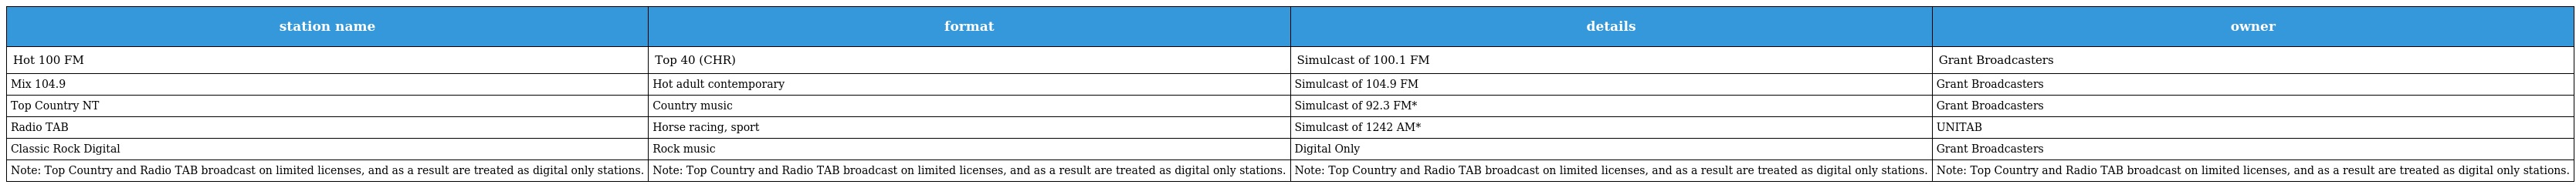
| station name | format | details | owner |
 | --- | --- | --- | --- |
 | Hot 100 FM | Top 40 (CHR) | Simulcast of 100.1 FM | Grant Broadcasters |
 | Mix 104.9 | Hot adult contemporary | Simulcast of 104.9 FM | Grant Broadcasters |
 | Top Country NT | Country music | Simulcast of 92.3 FM* | Grant Broadcasters |
 | Radio TAB | Horse racing, sport | Simulcast of 1242 AM* | UNITAB |
 | Classic Rock Digital | Rock music | Digital Only | Grant Broadcasters |
 | Note: Top Country and Radio TAB broadcast on limited licenses, and as a result are treated as digital only stations. | Note: Top Country and Radio TAB broadcast on limited licenses, and as a result are treated as digital only stations. | Note: Top Country and Radio TAB broadcast on limited licenses, and as a result are treated as digital only stations. | Note: Top Country and Radio TAB broadcast on limited licenses, and as a result are treated as digital only stations. |